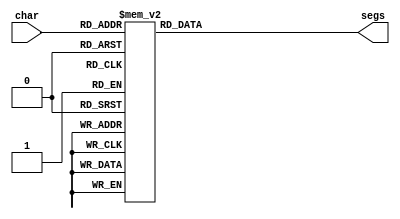
/*
   This file was generated automatically by Alchitry Labs version 1.2.7.
   Do not edit this file directly. Instead edit the original Lucid source.
   This is a temporary file and any changes made to it will be destroyed.
*/

module seven_seg_14 (
    input [3:0] char,
    output reg [6:0] segs
  );
  
  
  
  always @* begin
    
    case (char)
      4'h0: begin
        segs = 7'h3f;
      end
      4'h1: begin
        segs = 7'h06;
      end
      4'h2: begin
        segs = 7'h5b;
      end
      4'h3: begin
        segs = 7'h4f;
      end
      4'h4: begin
        segs = 7'h66;
      end
      4'h5: begin
        segs = 7'h6d;
      end
      4'h6: begin
        segs = 7'h7d;
      end
      4'h7: begin
        segs = 7'h07;
      end
      4'h8: begin
        segs = 7'h7f;
      end
      4'h9: begin
        segs = 7'h67;
      end
      4'ha: begin
        segs = 7'h77;
      end
      4'hb: begin
        segs = 7'h7c;
      end
      4'hc: begin
        segs = 7'h39;
      end
      4'hd: begin
        segs = 7'h5e;
      end
      4'he: begin
        segs = 7'h79;
      end
      4'hf: begin
        segs = 7'h71;
      end
      default: begin
        segs = 7'h00;
      end
    endcase
  end
endmodule